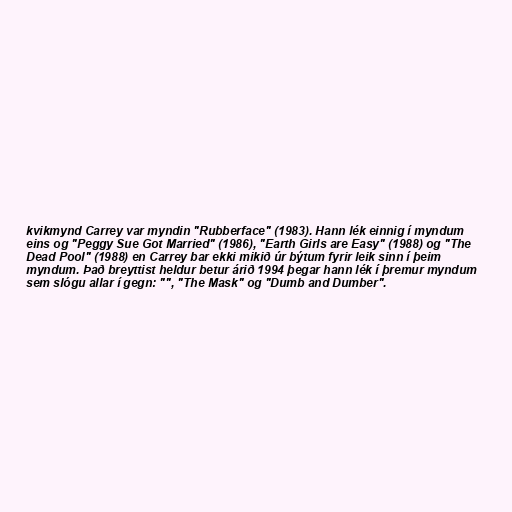
kvikmynd Carrey var myndin "Rubberface" (1983). Hann lék einnig í myndum
eins og "Peggy Sue Got Married" (1986), "Earth Girls are Easy" (1988) og "The
Dead Pool" (1988) en Carrey bar ekki mikið úr býtum fyrir leik sinn í þeim
myndum. Það breyttist heldur betur árið 1994 þegar hann lék í þremur myndum
sem slógu allar í gegn: "", "The Mask" og "Dumb and Dumber".